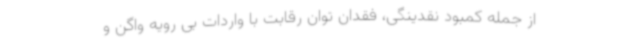
از جمله کمبود نقدینگی، فقدان توان رقابت با واردات بی رویه واگن و